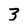
Character: 3